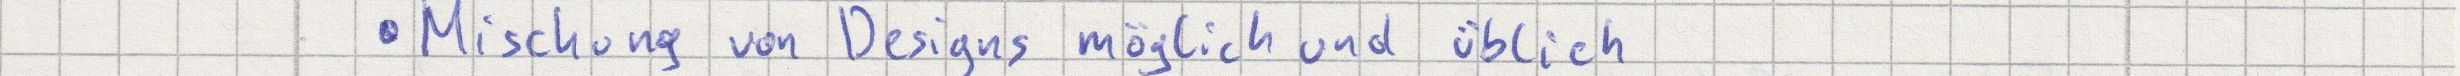
Mischung von Designs möglich und üblich